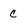
Character: C